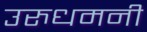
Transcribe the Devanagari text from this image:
उरुधमनी